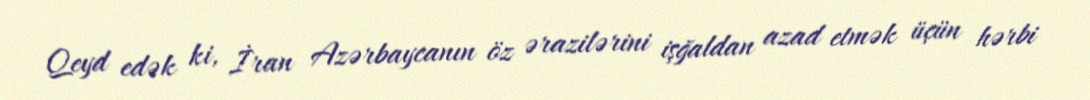
Qeyd edək ki, İran Azərbaycanın öz ərazilərini işğaldan azad etmək üçün hərbi